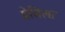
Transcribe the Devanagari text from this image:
ग्रेसिला